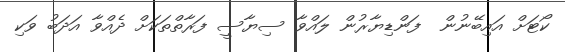
ކޯޓަށް އައިބޭނުން  ފަންޑިޔާރުން ލައްވާ ސިޔާސީ ފަރާތްތަކަށް ދެއްވާ އަދަބު ވަކި